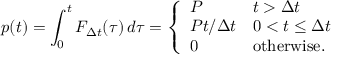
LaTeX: p ( t ) = \int _ { 0 } ^ { t } F _ { \Delta t } ( \tau ) \, d \tau = { \left\{ \begin{array} { l l } { P } & { t > \Delta t } \\ { P t / \Delta t } & { 0 < t \leq \Delta t } \\ { 0 } & { { \mathrm { o t h e r w i s e . } } } \end{array} \right. }